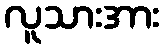
လူသားအား